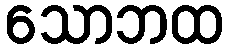
သောဘထ